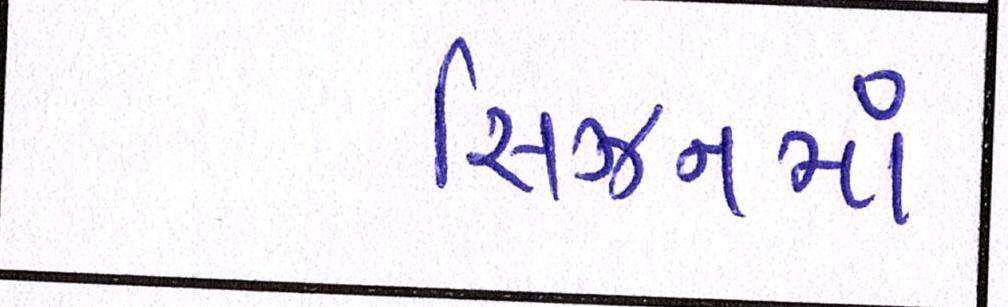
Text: સિઝનમાં